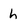
Character: h